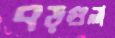
বড়গুলা